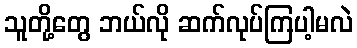
သူတို့တွေ ဘယ်လို ဆက်လုပ်ကြပါ့မလဲ